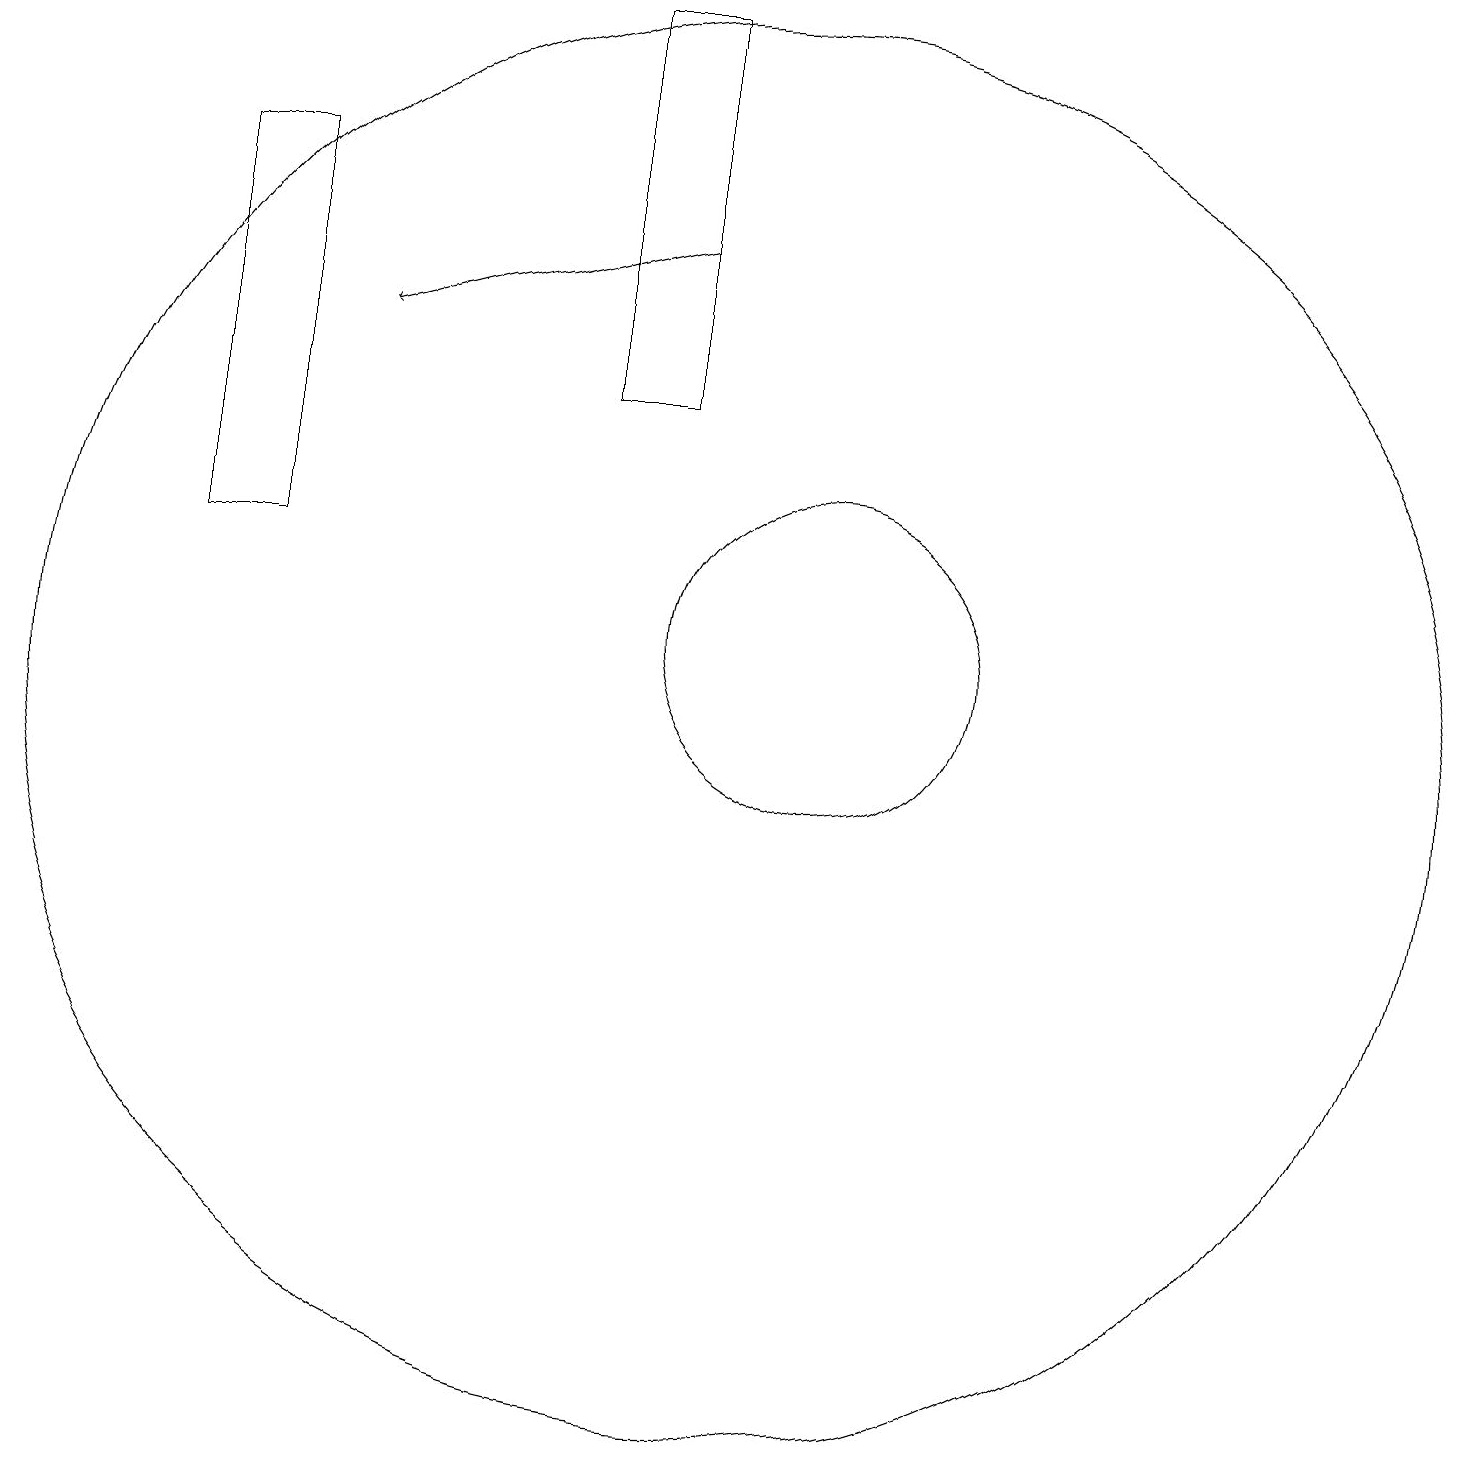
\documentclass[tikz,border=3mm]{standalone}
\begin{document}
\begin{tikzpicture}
\draw (11,11) circle (2);
\draw (10,10) circle (9);
\draw[->] (9,16) -- (5,15);
\draw (4,17) rectangle (3,12);
\draw (8,14) rectangle (9,19);
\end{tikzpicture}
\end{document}